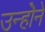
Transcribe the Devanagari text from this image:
उन्होॆने